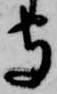
守